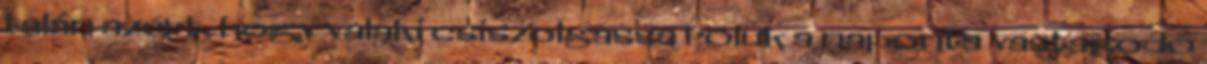
talán azért, hogy valaki csiszolgassa róluk a naponta vastagodó